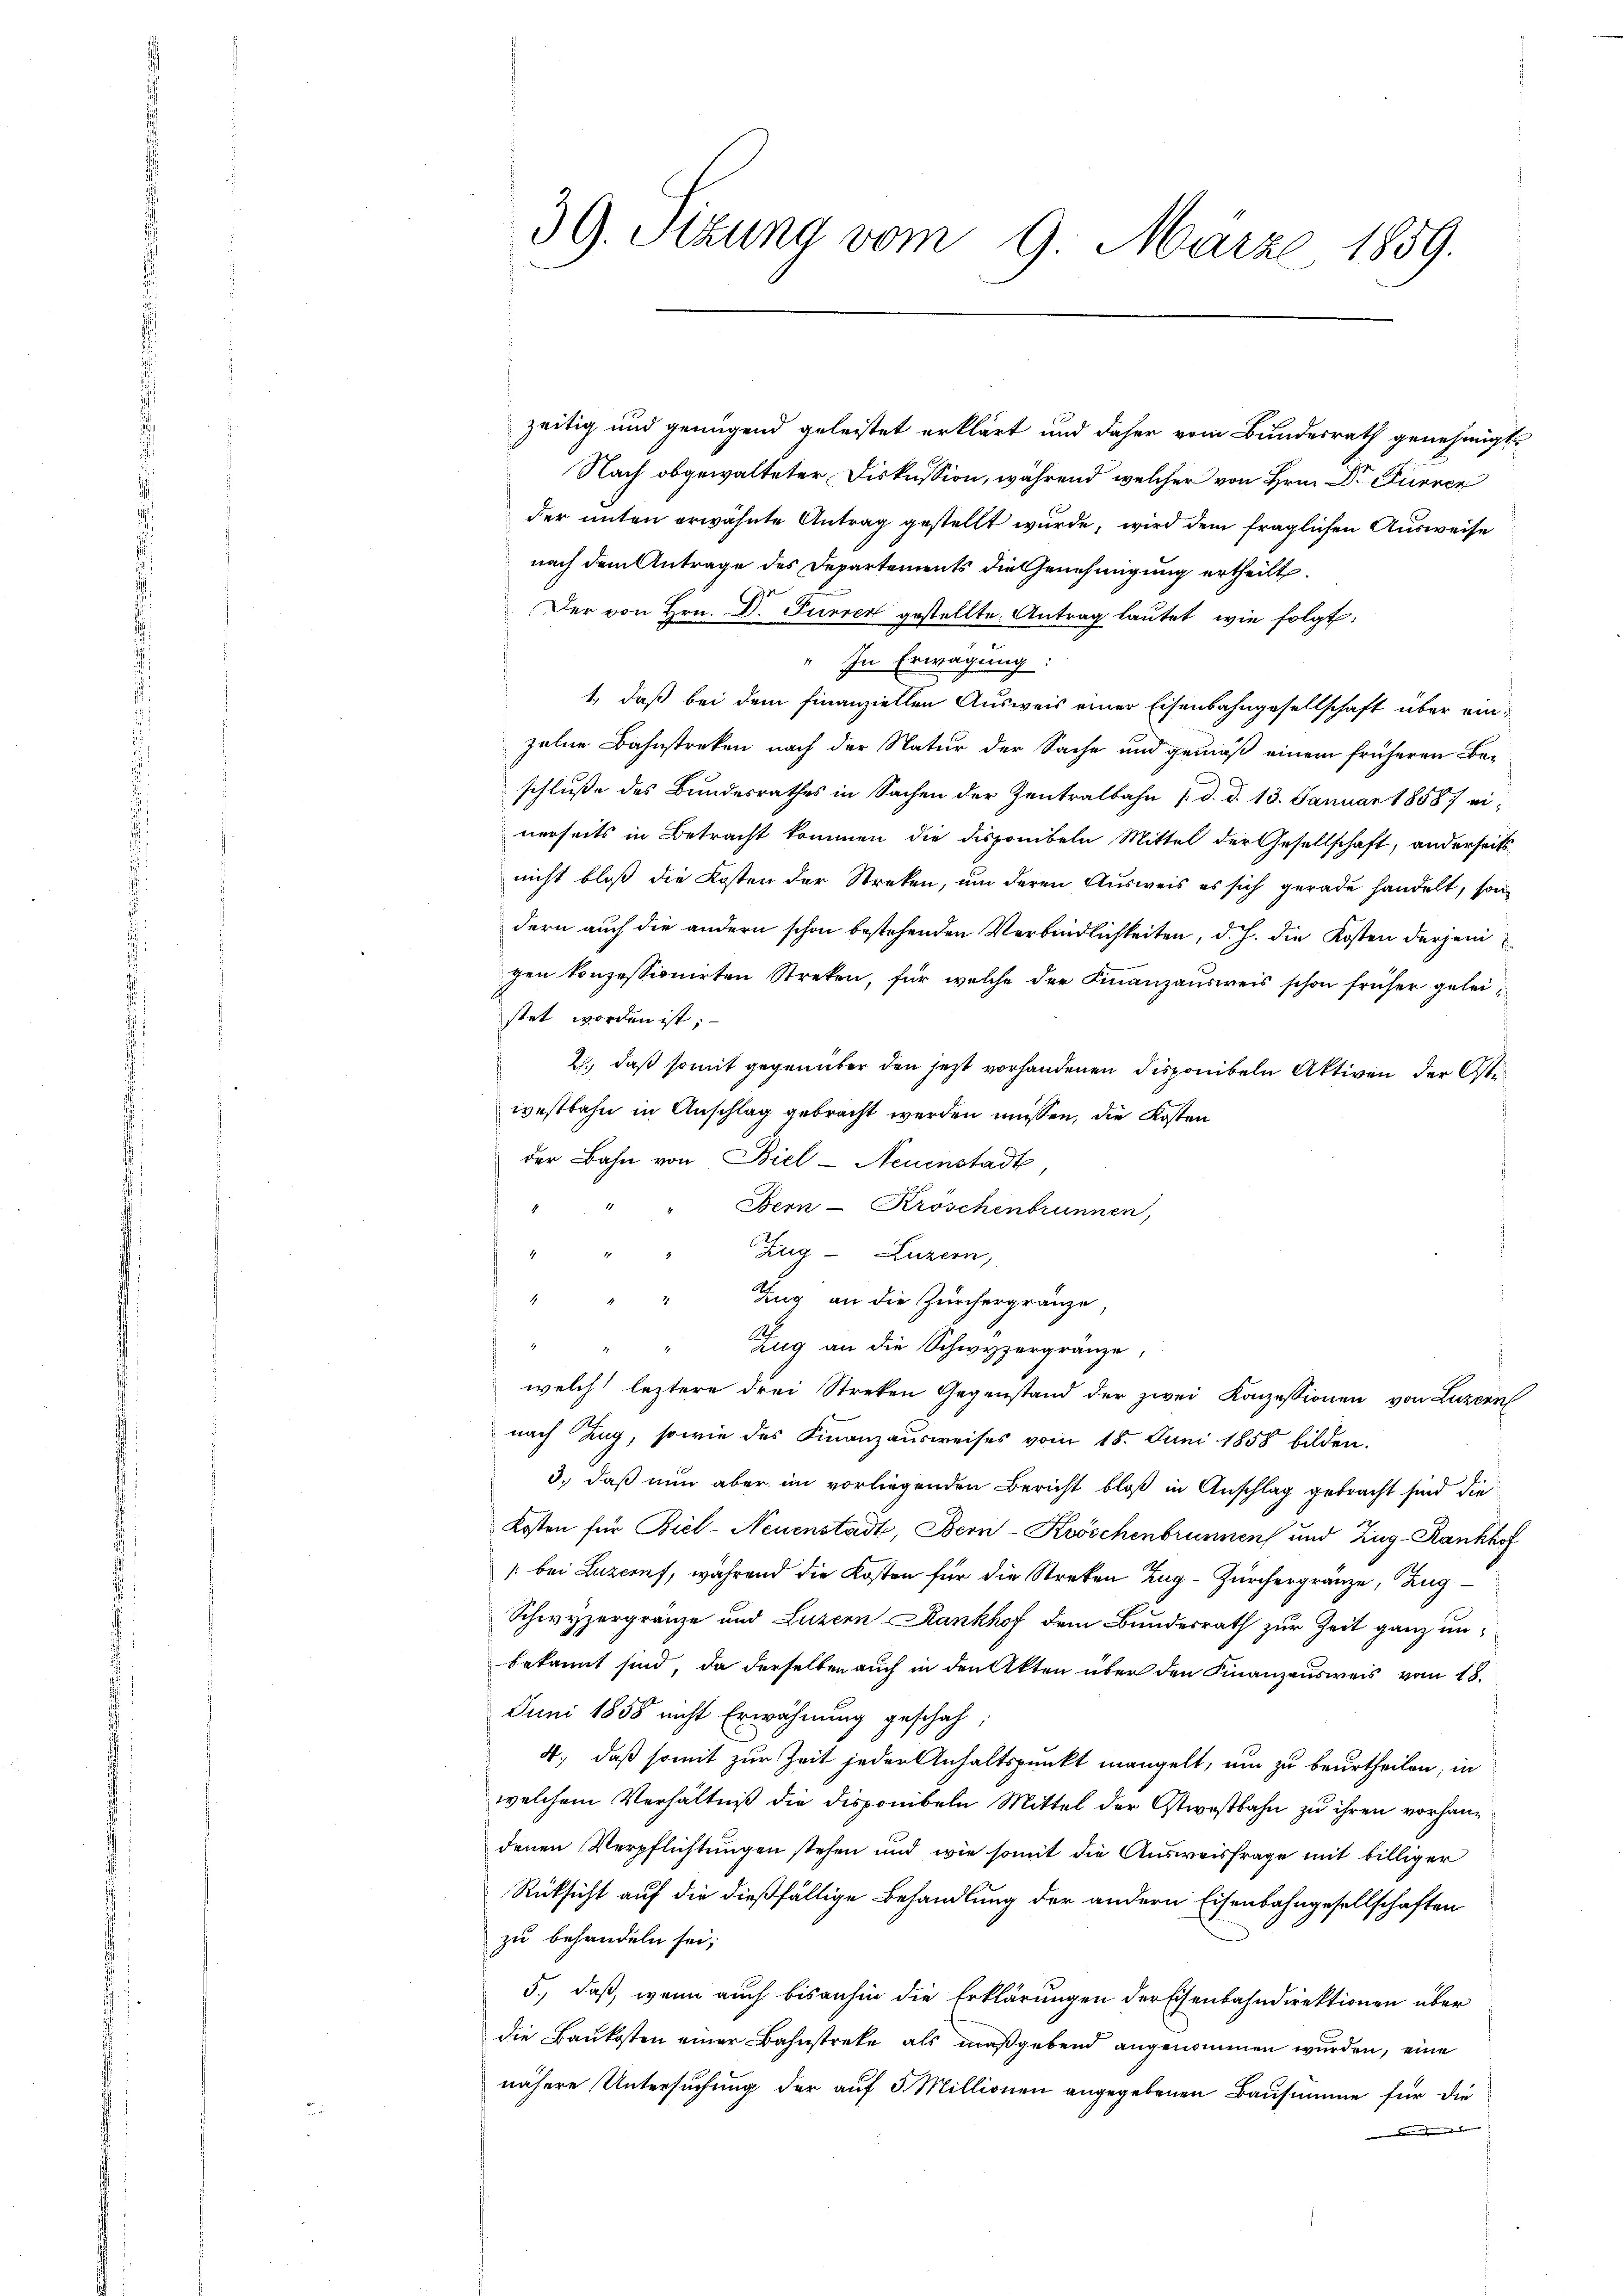
39. Sitzung vom 9. März 1859.

zeitig und genügend geleistet erklärt und daher vom Bundesrath genehmigt.
Nach obgewalteter Diskussion, während welcher von Hrn. Dr Furren
der unten erwähnte Antrag gestellt wurde, wird dem fraglichen Ausweise
nach dem Antrage des Departements die Genehmigung ertheilt.
Der von Hrn. Dr. Furrer gestellte Antrag lautet, wie folgt.
In Erwägung:
1., daß bei dem finanziellen Ausweis einer Eisenbahngesellschaft über ein:
zelne Bahnstreken nach der Natur der Sache und gemäß einem früheren Beschluße des Bundesrathes in Sachen der Zentralbahn /. d. d. 13. Januar 1888 ei
nerseits in Betracht kommen die disponibeln Mittel der Gesellschaft, anderseitsnicht bloß die Kosten der Streken, um deren Ausweis es sich gerade handelt, sondern auch die andern schon bestehenden Verbindlichkeiten, d. h. die Kosten derjeni
gen konzessionirten Streken, für welche der Finanzausweis schon früher geleistet worden ist,
2., daß somit gegenüber den jetzt vorhandenen Disponibeln Aktiven der Ostiwestbahn in Anschlag gebracht werden müssen, die Kosten
der Bahn von Biel - Neuenstadt,
Bern - Kröschenbrunnen,
Zug–Luzern,
4
Zug an die Zürchergränze,
.
Zug an die Schwyzergränze,
welch leztere drei Streken Gegenstand der zwei Konzessionen von Luzern
nach Zug, sowie des Finanzausweises vom 18. Juni 1858 bilden.
3., daß nun aber im vorliegenden Bericht bloß in Anschlag gebracht sind die
Kosten für Biel-Neuenstadt, Bern-Kwöschenbrunnen und Zug-Rankhof
/: bei Luzern, während die Kosten für die Streken Zug-Zürchergränze, Zug¬
Schwyzergränze und Luzern Rankhof dem Bundesrath zur Zeit ganz unbekannt sind, da derselben auch in den Akten über den Finanzausweis vom 18.
Juni 1858 nicht Erwähnung geschah,
4., daß somit zur Zeit jeder Anhaltspunkt mangelt, um zu beurtheilen, in
welchem Verhältniß die disponibeln Mittel der Ostwestbahn zu ihren vorhandenen Verpflichtungen stehen und wie somit die Ausweisfrage mit billiger
Rücksicht auf die dießfällige Behandlung der andern Eisenbahngesellschaften
zu behandeln sei;
5., daß, wenn auch bisanhin die Erklärungen der Eisenbahndirektionen über
die Baukosten einer Bahnstreke als maßgebend angenommen wurden, eine
nähere Untersuchung der auf 5 Millionen angegebenen Bausumme für die
 den den der